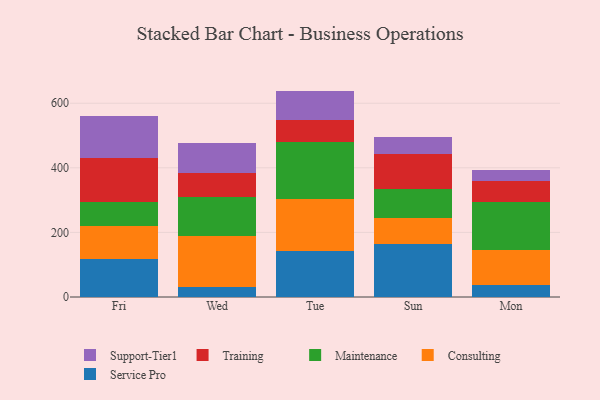
{"axis": {"x": "Day", "y": "Headcount"}, "legend": ["Consulting", "Maintenance", "Service Pro", "Support-Tier1", "Training"], "data": [{"x": "Fri", "y": 117.4, "type": "Service Pro"}, {"x": "Fri", "y": 103.9, "type": "Consulting"}, {"x": "Fri", "y": 72.4, "type": "Maintenance"}, {"x": "Fri", "y": 136.9, "type": "Training"}, {"x": "Fri", "y": 130.8, "type": "Support-Tier1"}, {"x": "Wed", "y": 32.3, "type": "Service Pro"}, {"x": "Wed", "y": 157.9, "type": "Consulting"}, {"x": "Wed", "y": 120.5, "type": "Maintenance"}, {"x": "Wed", "y": 74.7, "type": "Training"}, {"x": "Wed", "y": 89.9, "type": "Support-Tier1"}, {"x": "Tue", "y": 142.7, "type": "Service Pro"}, {"x": "Tue", "y": 160.8, "type": "Consulting"}, {"x": "Tue", "y": 176.3, "type": "Maintenance"}, {"x": "Tue", "y": 68.3, "type": "Training"}, {"x": "Tue", "y": 90.2, "type": "Support-Tier1"}, {"x": "Sun", "y": 163.5, "type": "Service Pro"}, {"x": "Sun", "y": 80.8, "type": "Consulting"}, {"x": "Sun", "y": 89.4, "type": "Maintenance"}, {"x": "Sun", "y": 110.2, "type": "Training"}, {"x": "Sun", "y": 52.0, "type": "Support-Tier1"}, {"x": "Mon", "y": 37.5, "type": "Service Pro"}, {"x": "Mon", "y": 108.9, "type": "Consulting"}, {"x": "Mon", "y": 149.3, "type": "Maintenance"}, {"x": "Mon", "y": 63.7, "type": "Training"}, {"x": "Mon", "y": 33.2, "type": "Support-Tier1"}]}